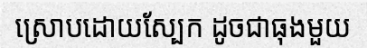
ស្រោបដោយស្បែក ដូចជាធុងមួយ